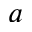
a